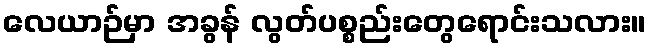
လေယာဉ်မှာ အခွန် လွတ်ပစ္စည်းတွေရောင်းသလား။